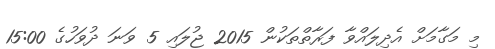
މި މަގާމަށް އެދިލައްވާ ފަރާތްތަކުން 2015 ޖުލައި 5 ވަނަ ދުވަހުގެ 15:00